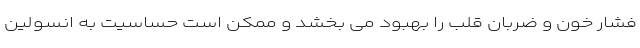
فشار خون و ضربان قلب را بهبود می بخشد و ممکن است حساسیت به انسولین